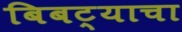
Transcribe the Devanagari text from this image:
बिबट्याचा